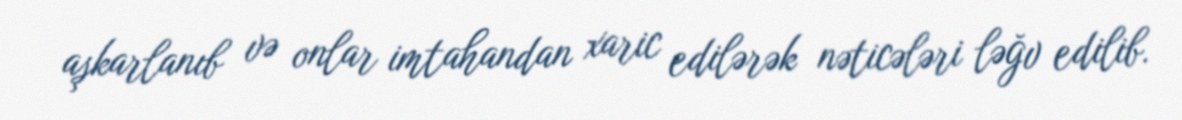
aşkarlanıb və onlar imtahandan xaric edilərək nəticələri ləğv edilib.